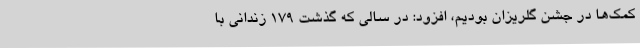
کمک‌ها در جشن گلریزان بودیم، افزود: در سالی که گذشت 179 زندانی با